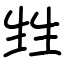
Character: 甡